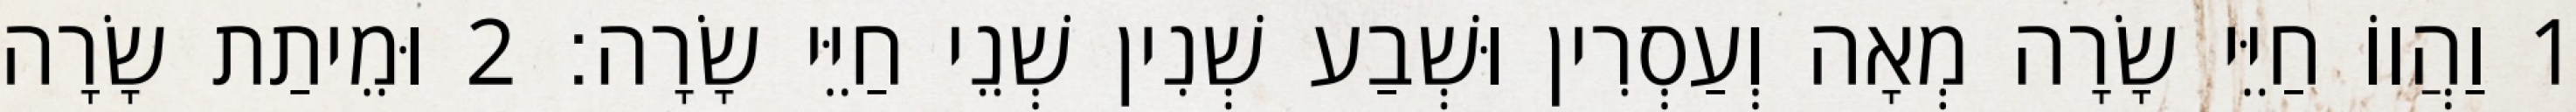
1 וַהֲווֹ חַיֵּי שָׂרָה מְאָה וְעַסְרִין וּשְׁבַע שְׁנִין שְׁנֵי חַיֵּי שָׂרָה׃ 2 וּמֵיתַת שָׂרָה